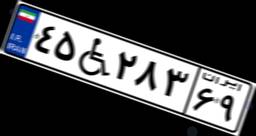
۵۸W۳۸۸۹۵